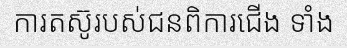
ការតស៊ូរបស់ជនពិការជើង ទាំង